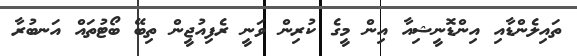
ތައިލެންޑާއި އިންޑޮނީޝިއާ އިން މީގެ ކުރިން ވަނީ ރެފިއުޖީން ތިބޭ ބޯޓުތައް އަނބުރާ